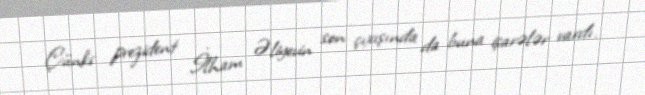
Çünki prezident İlham Əliyevin son çıxışında da buna işarələr vardı.